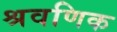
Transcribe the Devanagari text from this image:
श्रवणिक